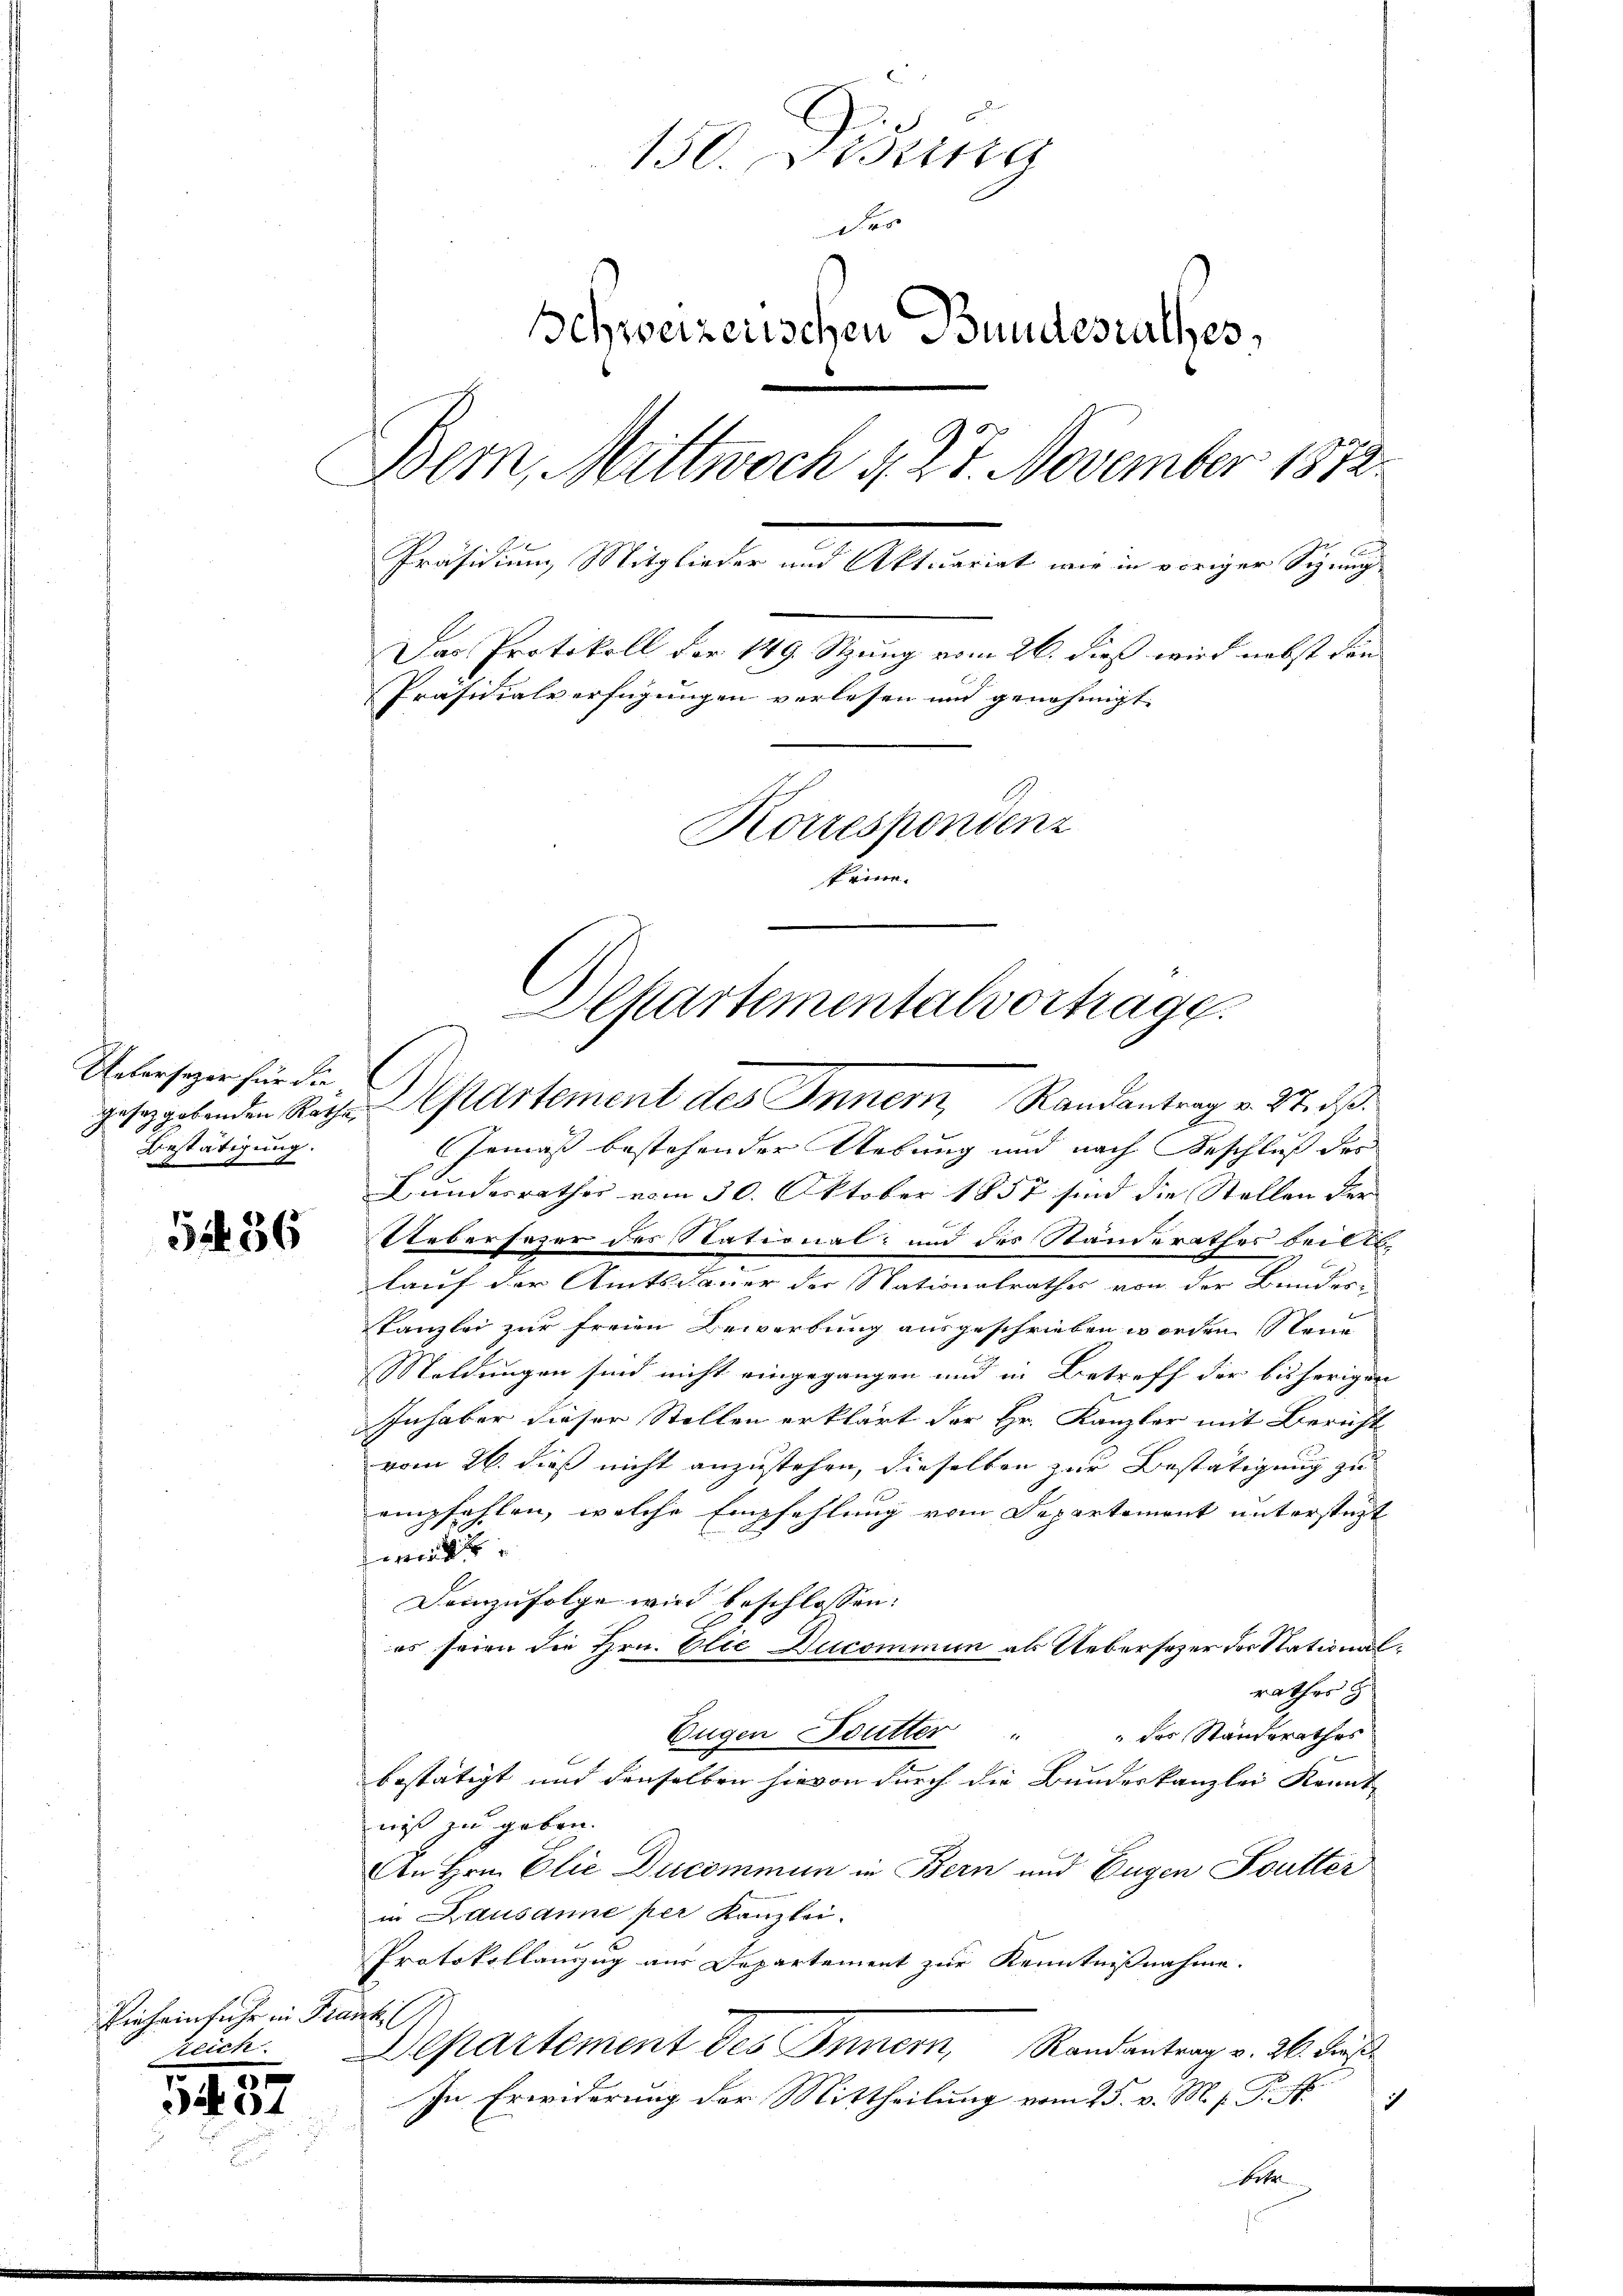
Uebersezer für die
ug.
Hiestäter
n
a

5486

Vieh einfuhr in Frank (
zeich.

3
5401

150. Dering
des
Behweizerischen Bundesrathes,
Bem, Mittwoch d. 27. November 1872.
Präsidium Mitglieder und Aktuariat wie in voriger Sigung
Das Protokoll der 149. Stzung vom 26. dieß wird nebst den
Präsidialverfügungen verlesen und genehmigt. |
Korrespondenz
trire.

Departementalvortrage.
gesetzgebenden Rathe Departement des Innern Randantrag v. 27. ds.

Gemäß bestehender Uebung und nach Beschluß der
Bundesrathes vom 30. Oktober 1857 sind die Stellen der
Uebersezer des National- und des Standerathes bei del
lauf der Amtsdauer der Nationalrathes von der Bunder-
Kanzlei zur freien Bewerbung ausgeschrieben worden Steue
Woldungen sind nicht eingegangen und in Betreff der bisherigen
Inhaber dieser Stellen erklärt der Hr. Kanzler mit Bericht
vom 26. dieß nicht anzustehen, dieselben zur Bestätigung zu
empfehlen, welche Empfehlung vom Departement unterstüzt
n
demzufolge wird beschlossen:
es seien die Hrn. Elie Ducominum als Uebersezer des Stationalrathes z
des Standerathes
Eugen Futter
bestätigt und denselben hievon durch die Bundeskanzlei Kennt-
niß zu geben.
An Hrn. Elie Ducommun in Bern und Eugen Futter
in Lausanne per Kanzlei.
Protokollauszug aus Departement zur Kenntnißnahme.
Departement des Innern, Randantrag v. 26. Fris
In Erwiderung der Mittheilung vom 25. v. M. s. P. M.
1
Bet